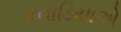
કનોડિયાએ